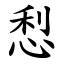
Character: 悡